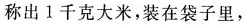
称出1千克大米，装在袋子里，